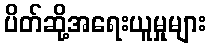
ပိတ်ဆို့အရေးယူမှုများ